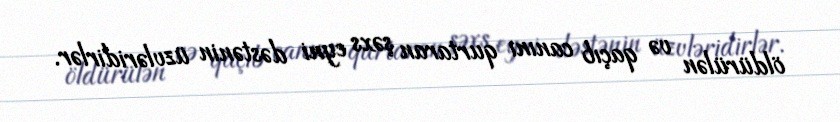
öldürülən və qaçıb canını qurtaran şəxs eyni dəstənin üzvləridirlər.